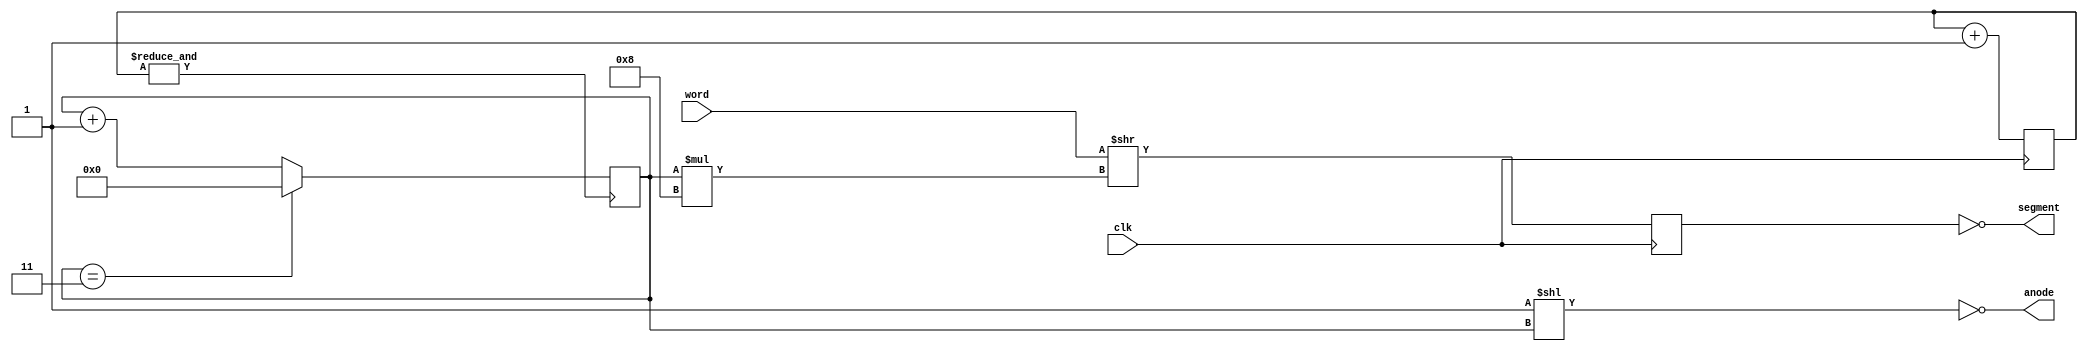
module raw7seg(clk, segment, anode, word);
   parameter SEG_UNITS = 4;
   parameter INVERT_ANODES = 1;
   parameter INVERT_SEGMENTS = 1;
   input clk;
   output [(SEG_UNITS - 1):0] anode;
   output [7:0] segment;
   input [(SEG_UNITS * 8 - 1):0] word;
   reg [15:0] 	cnt;
   always @(posedge clk) cnt<=cnt+16'h1;
   wire 	cntovf = &cnt;
   reg [3:0] 	an_index;
   reg [7:0] 	SevenSeg;
   reg [(SEG_UNITS * 8 - 1):0] word_shifted;
   generate
      if (INVERT_SEGMENTS)
	begin: if_is
	   assign segment = ~word_shifted[7:0];
	end
      else
	begin: else_is
	   assign segment = word_shifted[7:0];
	end
   endgenerate
   always @(posedge cntovf)
     if (an_index == SEG_UNITS - 1)
       an_index <= 0;
     else
       an_index <= an_index + 1;
   always @(posedge clk)
     word_shifted <= word >> (an_index * 8);
   localparam [(SEG_UNITS - 1):0] 	anode_init = 1;
   generate
      if (INVERT_ANODES)
	begin: if_ia
	   assign anode = ~(anode_init << an_index);
	end
      else
	begin: else_ia
	   assign anode = (anode_init << an_index);
	end
   endgenerate
endmodule